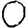
Digit: 0